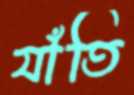
যাঁতি